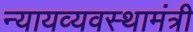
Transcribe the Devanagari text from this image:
न्यायव्यवस्थामंत्री